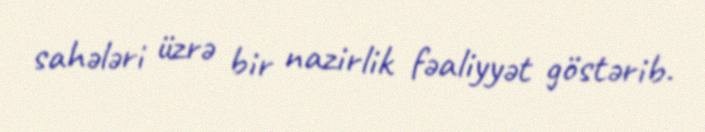
sahələri üzrə bir nazirlik fəaliyyət göstərib.